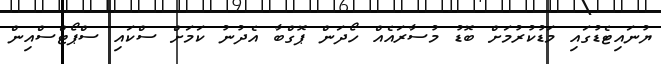
ޔުނައިޓެޑުގައި މަޑުކުރުމަށް ބޮޑު މުސާރައެއް ހޯދަން ޕޮގްބާ އެދުނު ކަމަށް ސްކައި ސްޕޯޓްސްއިން